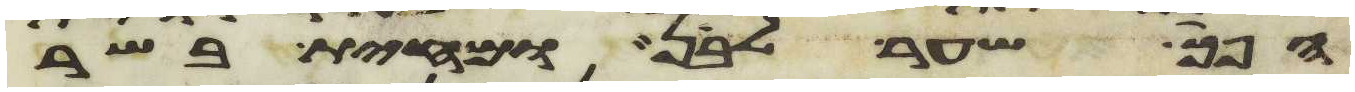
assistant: הפך שער לבן ומחית בשר